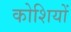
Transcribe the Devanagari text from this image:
कोशियों